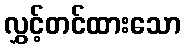
လွှင့်တင်ထားသော